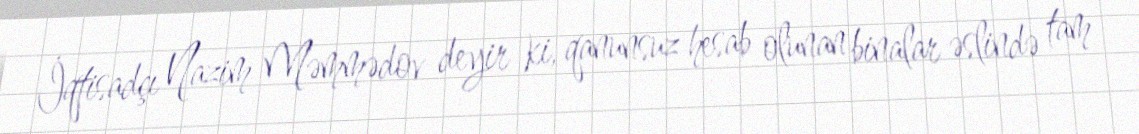
İqtisadçı Nazim Məmmədov deyir ki, qanunsuz hesab olunan binalar əslində tam